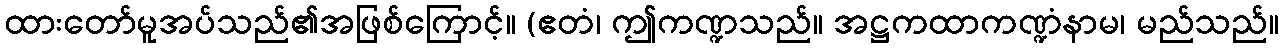
ထားတော်မူအပ်သည်၏အဖြစ်ကြောင့်။ (ဧတံ၊ ဤကဏ္ဍသည်။ အဋ္ဌကထာကဏ္ဍံနာမ၊ မည်သည်။